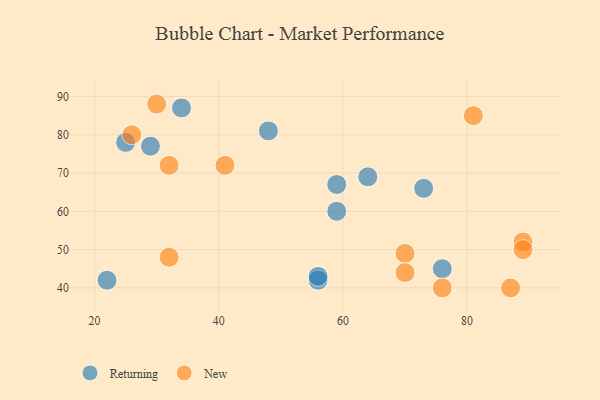
{"axis": {"x": "GDP", "y": "Life Expectancy"}, "legend": ["New", "Returning"], "data": [{"x": "59", "y": 67, "type": "Returning"}, {"x": "76", "y": 45, "type": "Returning"}, {"x": "25", "y": 78, "type": "Returning"}, {"x": "59", "y": 60, "type": "Returning"}, {"x": "64", "y": 69, "type": "Returning"}, {"x": "48", "y": 81, "type": "Returning"}, {"x": "29", "y": 77, "type": "Returning"}, {"x": "34", "y": 87, "type": "Returning"}, {"x": "56", "y": 42, "type": "Returning"}, {"x": "56", "y": 43, "type": "Returning"}, {"x": "73", "y": 66, "type": "Returning"}, {"x": "22", "y": 42, "type": "Returning"}, {"x": "30", "y": 88, "type": "New"}, {"x": "89", "y": 52, "type": "New"}, {"x": "32", "y": 72, "type": "New"}, {"x": "87", "y": 40, "type": "New"}, {"x": "89", "y": 50, "type": "New"}, {"x": "76", "y": 40, "type": "New"}, {"x": "41", "y": 72, "type": "New"}, {"x": "32", "y": 48, "type": "New"}, {"x": "70", "y": 49, "type": "New"}, {"x": "81", "y": 85, "type": "New"}, {"x": "26", "y": 80, "type": "New"}, {"x": "70", "y": 44, "type": "New"}]}